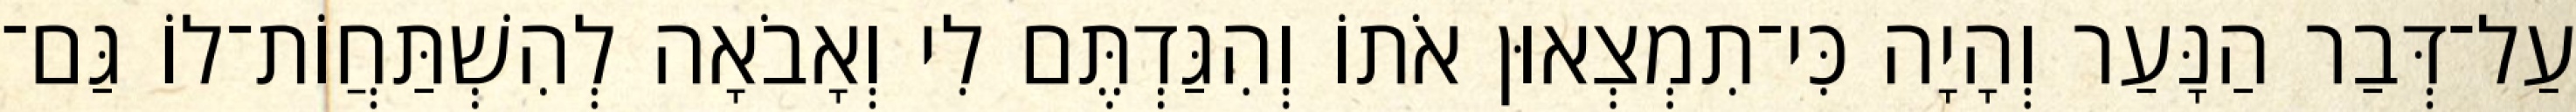
עַל־דְּבַר הַנָּעַר וְהָיָה כִּי־תִמְצְאוּן אֹתוֹ וְהִגַּדְתֶּם לִי וְאָבֹאָה לְהִשְׁתַּחֲוֹת־לוֹ גַּם־